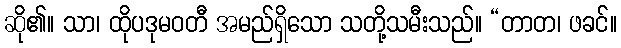
ဆို၏။ သာ၊ ထိုပဒုမဝတီ အမည်ရှိသော သတို့သမီးသည်။ “တာတ၊ ဖခင်။